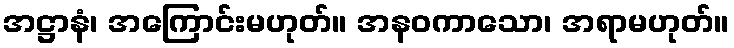
အဋ္ဌာနံ၊ အကြောင်းမဟုတ်။ အနဝကာသော၊ အရာမဟုတ်။